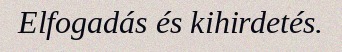
Elfogadás és kihirdetés.